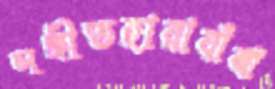
সঙ্গীতহারাবাঁঝা